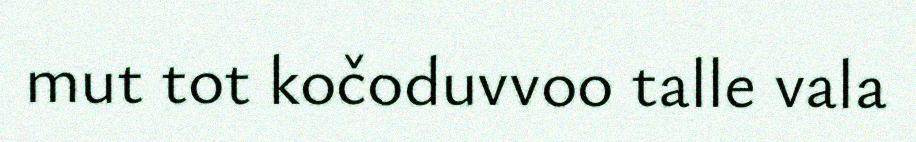
mut tot kočoduvvoo talle vala